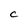
Character: C